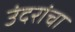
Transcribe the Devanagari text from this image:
उंदरांचा